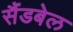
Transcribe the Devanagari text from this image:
सैंडबेल